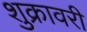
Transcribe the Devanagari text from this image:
शुक्रावरी